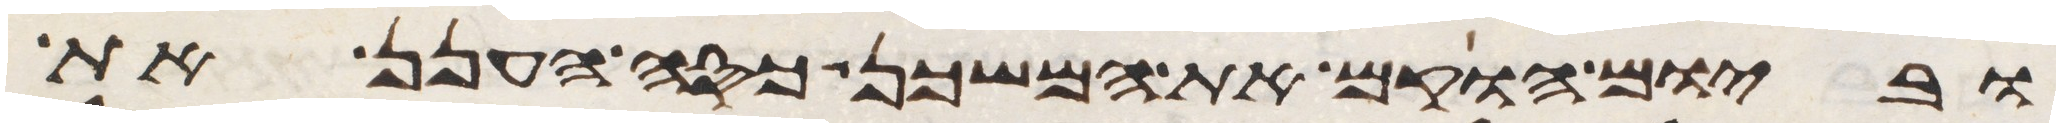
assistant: וביום הוקם את המשכן כסה הענן את